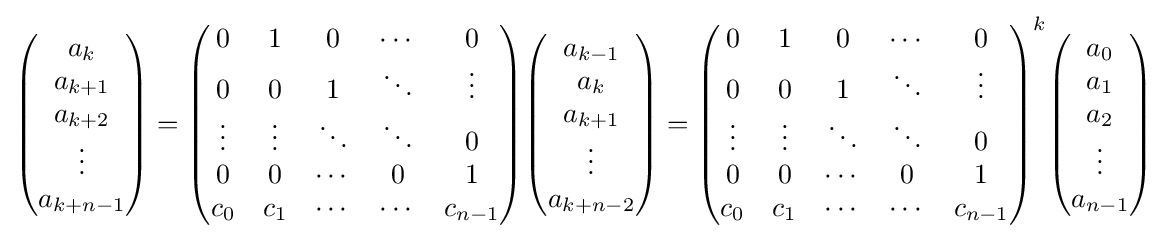
{\begin{pmatrix}a_{k}\\a_{k+1}\\a_{k+2}\\\vdots \\a_{k+n-1}\end{pmatrix}}={\begin{pmatrix}0&1&0&\cdots &0\\0&0&1&\ddots &\vdots \\\vdots &\vdots &\ddots &\ddots &0\\0&0&\cdots &0&1\\c_{0}&c_{1}&\cdots &\cdots &c_{n-1}\end{pmatrix}}{\begin{pmatrix}a_{k-1}\\a_{k}\\a_{k+1}\\\vdots \\a_{k+n-2}\end{pmatrix}}={\begin{pmatrix}0&1&0&\cdots &0\\0&0&1&\ddots &\vdots \\\vdots &\vdots &\ddots &\ddots &0\\0&0&\cdots &0&1\\c_{0}&c_{1}&\cdots &\cdots &c_{n-1}\end{pmatrix}}^{k}{\begin{pmatrix}a_{0}\\a_{1}\\a_{2}\\\vdots \\a_{n-1}\end{pmatrix}}